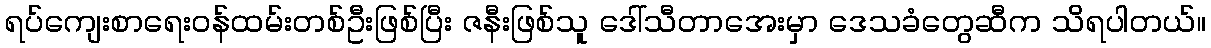
ရပ်ကျေးစာရေးဝန်ထမ်းတစ်ဦးဖြစ်ပြီး ဇနီးဖြစ်သူ ဒေါ်သီတာအေးမှာ ဒေသခံတွေဆီက သိရပါတယ်။